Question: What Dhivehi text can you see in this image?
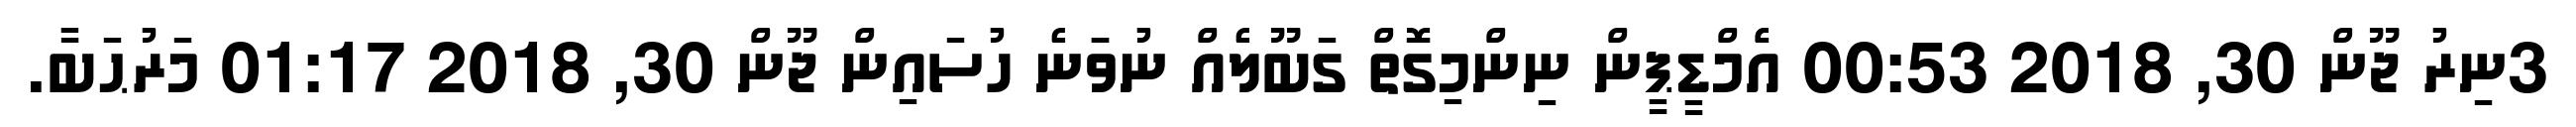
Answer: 3ނިރު ޖޫން 30, 2018 00:53 އެެމްޑީޕީން ނިންމިގޮތް ގަބޫލެއް ނުވަަނެ ހުސައިން ޖޫން 30, 2018 01:17 މަރުޙަބާ.